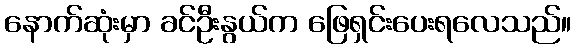
နောက်ဆုံးမှာ ခင်ဦးနွယ်က ဖြေရှင်းပေးရလေသည်။